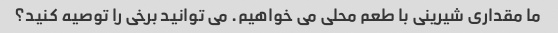
ما مقداری شیرینی با طعم محلی می خواهیم. می توانید برخی را توصیه کنید؟